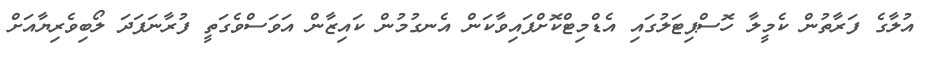
އުލާގެ ފަރާތުން ކެމީލާ ހޮސްޕިޓަލުގައި އެޑްމިޓްކޮށްފައިވާކަން އެނގުމުން ކައިޒާން އަވަސްވެގަތީ ފުރާނަފަދަ ލޯބިވެރިޔާއަށް